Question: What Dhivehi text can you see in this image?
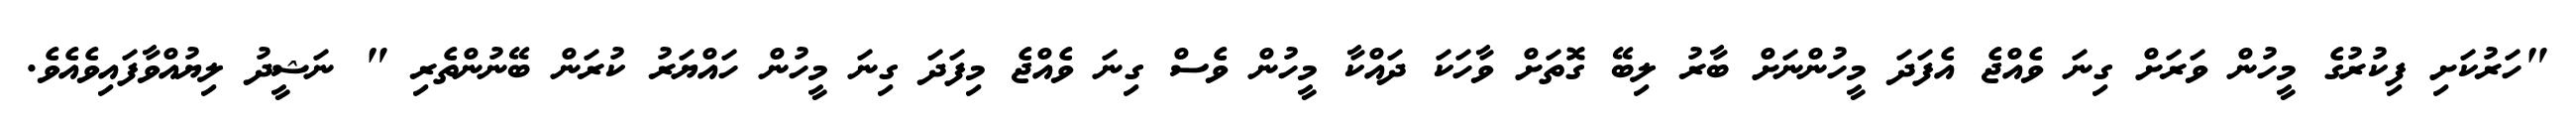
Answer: "ހަރުކަށި ފިކުރުގެ މީހުން ވަރަށް ގިނަ ވެއްޖެ އެފަދަ މީހުންނަށް ބާރު ލިބޭ ގޮތަށް ވާހަކަ ދައްކާ މީހުން ވެސް ގިނަ ވެއްޖެ މިފަދަ ގިނަ މީހުން ހައްޔަރު ކުރަން ބޭނުންތެރި " ނަޝީދު ލިޔުއްވާފައިވެއެވެ.